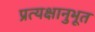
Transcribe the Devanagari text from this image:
प्रत्यक्षानुभूत